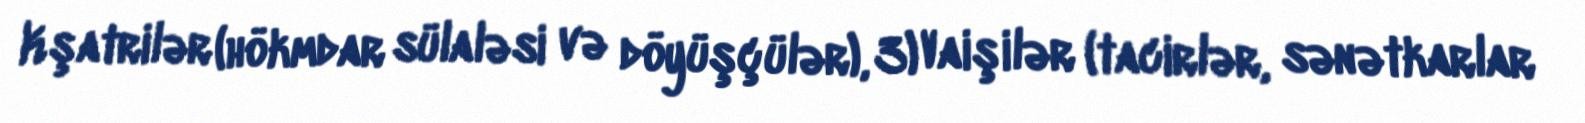
Kşatrilər (hökmdar sülaləsi və döyüşçülər), 3) Vaişilər (tacirlər, sənətkarlar